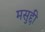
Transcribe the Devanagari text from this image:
मसुद्दी